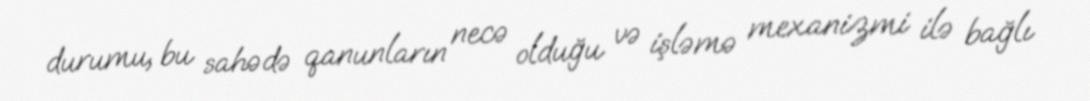
durumu, bu sahədə qanunların necə olduğu və işləmə mexanizmi ilə bağlı